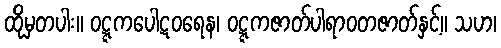
ထိုမှတပါး။ ဝဋ္ဋကပေါဋဝရေန၊ ဝဋ္ဋကဇာတ်ပါရာဝတဇာတ်နှင့်။ သဟ၊